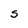
Character: S